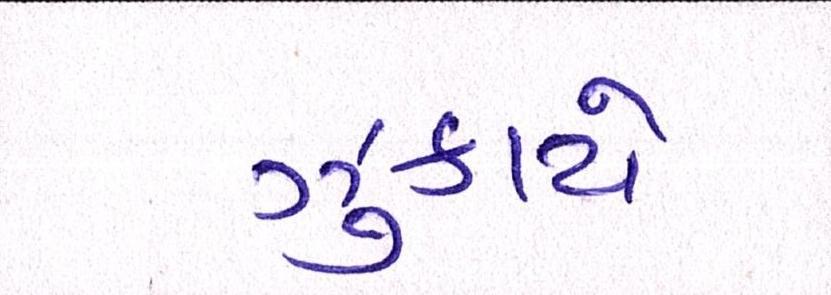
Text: ઝુકાયે